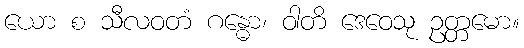
ယော စ သီလဝတံ ဂန္ဓော၊ ဝါတိ ဒေဝေသု ဥတ္တမော။